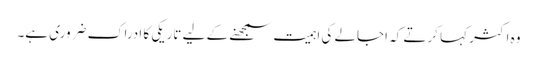
وہ اکثر کہا کرتے کہ اجالے کی اہمیت سمجھنے کے لیے تاریکی کا ادراک ضروری ہے۔